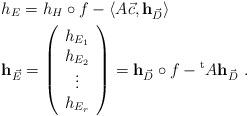
LaTeX: \begin{align*}&h_{E}=h_{H}\circ f-\left<A \vec{c}, {\bf h}_{\vec{D}}\right>\\&{\bf h}_{\vec{E}}=\left(\begin{array}{c}h_{E_{1}}\\h_{E_{2}}\\\vdots \\h_{E_{r}}\end{array}\right)={\bf h}_{\vec{D}}\circ f -{}^{\rm t}A {\bf h}_{\vec{D}}\ .\end{align*}